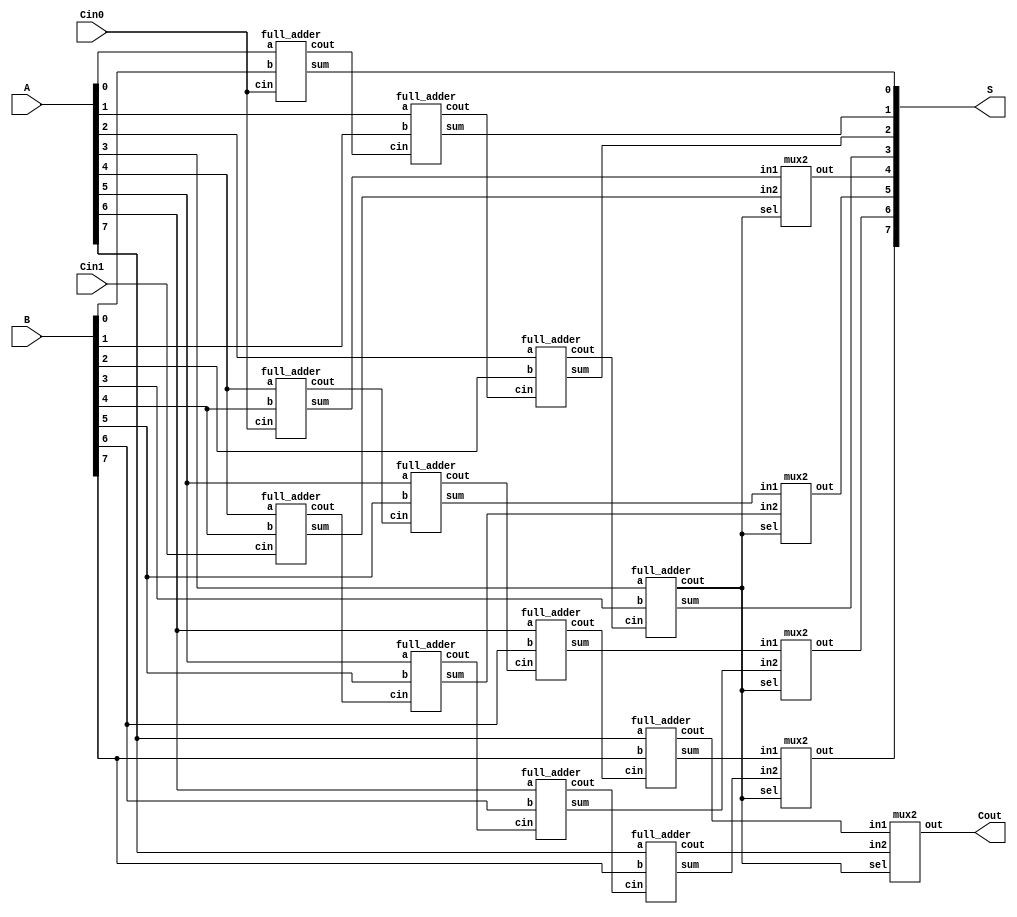
module csa(
    input [7:0] A,B,
    input Cin0,Cin1,
    output [7:0] S,
    output Cout
    );
    wire [3:0] C,C0,C1,Sum0,Sum1;
    //LSB
    full_adder fa00( .a(A[0]), .b(B[0]), .cin(Cin0), .sum(S[0]), .cout(C[0]) );
    full_adder fa01( .a(A[1]), .b(B[1]), .cin(C[0]), .sum(S[1]), .cout(C[1]) );
    full_adder fa02( .a(A[2]), .b(B[2]), .cin(C[1]), .sum(S[2]), .cout(C[2]) );
    full_adder fa03( .a(A[3]), .b(B[3]), .cin(C[2]), .sum(S[3]), .cout(C[3]) );


    //MSB Cin0
    full_adder fa10( .a(A[4]), .b(B[4]), .cin(Cin0), .sum(Sum0[0]), .cout(C0[0]) );
    full_adder fa11( .a(A[5]), .b(B[5]), .cin(C0[0]), .sum(Sum0[1]), .cout(C0[1]) );
    full_adder fa12( .a(A[6]), .b(B[6]), .cin(C0[1]), .sum(Sum0[2]), .cout(C0[2]) );
    full_adder fa13( .a(A[7]), .b(B[7]), .cin(C0[2]), .sum(Sum0[3]), .cout(C0[3]) );


    //MSB Cin1
    full_adder fa20( .a(A[4]), .b(B[4]), .cin(Cin1), .sum(Sum1[0]), .cout(C1[0]) );
    full_adder fa21( .a(A[5]), .b(B[5]), .cin(C1[0]), .sum(Sum1[1]), .cout(C1[1]) );
    full_adder fa22( .a(A[6]), .b(B[6]), .cin(C1[1]), .sum(Sum1[2]), .cout(C1[2]) );
    full_adder fa23( .a(A[7]), .b(B[7]), .cin(C1[2]), .sum(Sum1[3]), .cout(C1[3]) );

    
    //Mux for Sum
    mux2 sum4( .in1(Sum0[0]) , .in2(Sum1[0]), .sel(C[3]), .out(S[4]) );
    mux2 sum5( .in1(Sum0[1]) , .in2(Sum1[1]), .sel(C[3]), .out(S[5]) );
    mux2 sum6( .in1(Sum0[2]) , .in2(Sum1[2]), .sel(C[3]), .out(S[6]) );
    mux2 sum7( .in1(Sum0[3]) , .in2(Sum1[3]), .sel(C[3]), .out(S[7]) );

    //Mux for Cout
    mux2 carryout( .in1(C0[3]) , .in2(C1[3]), .sel(C[3]), .out(Cout) );
endmodule

module full_adder(
    input a, b, cin,
    output sum,cout
    );

    assign sum = a ^ b ^ cin;
    assign cout = (a & b) | (cin & b) | (a & cin);
endmodule

module mux2(
    input in1,in2,sel,
    output out
    );

    assign out = sel? in2:in1;
endmodule